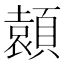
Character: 𩔭